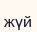
жүй